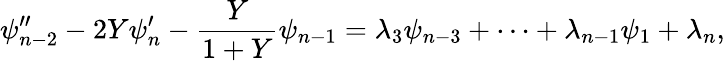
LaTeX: \psi_{n-2}^{\prime\prime}-2Y\psi_{n}^{\prime}-\frac{Y}{1+Y}\psi_{n-1}=\lambda_{3}\psi_{n-3}+\cdots+\lambda_{n-1}\psi_{1}+\lambda_{n},